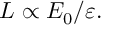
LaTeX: L \propto E _ { 0 } / \varepsilon .